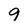
Character: 9